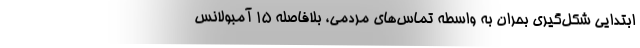
ابتدایی شکل‌گیری بحران به واسطه تماس‌های مردمی، بلافاصله ۱۵ آمبولانس